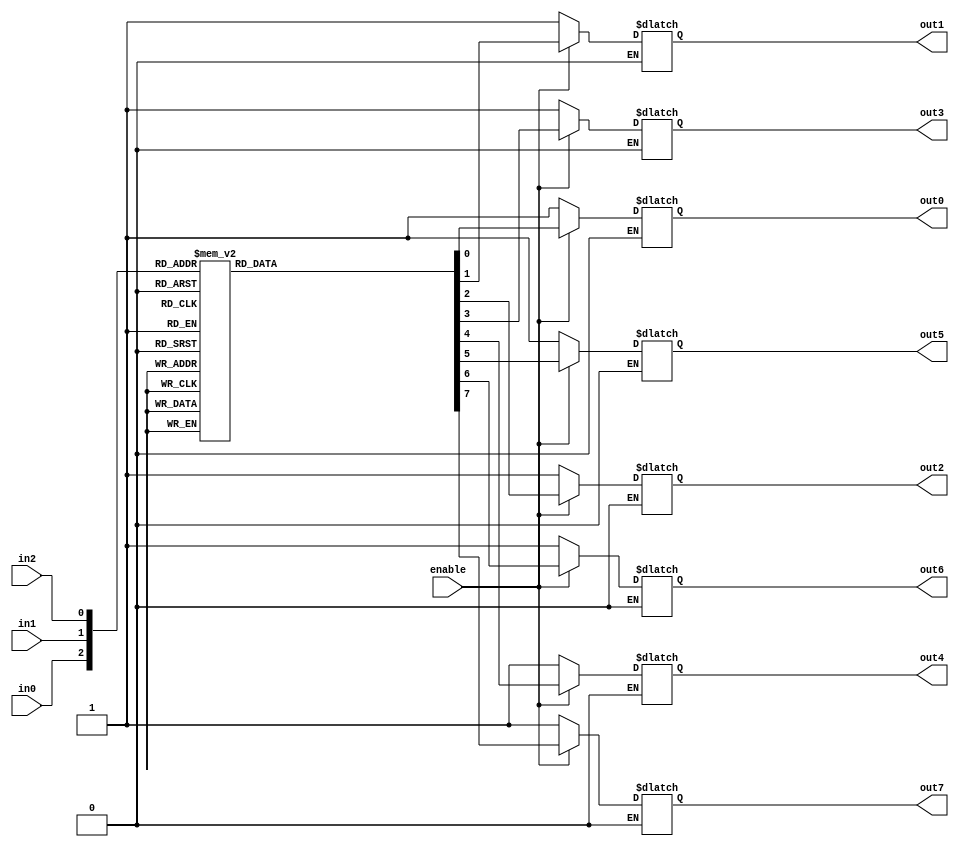
module decoder_3to8(out7, out6, out5, out4, out3, out2, out1, out0, 
										 in0, in1, in2, enable);

	output out7, out6, out5, out4, out3, out2, out1, out0;
	input in0, in1, in2, enable;
	reg out7, out6, out5, out4, out3, out2, out1, out0;
	
	always @(in0 or in1 or in2 or enable) begin
		
		if ( enable == 1'b1 )
			case ( {in0, in1, in2} )
				3'b000:
					{ out7, out6, out5, out4, out3, out2, out1, out0 }
					= 8'b00000001;
				3'b001:
					{ out7, out6, out5, out4, out3, out2, out1, out0 }
					= 8'b00000010;
				3'b010:
					{ out7, out6, out5, out4, out3, out2, out1, out0 }
					= 8'b00000100;
				3'b011:
					{ out7, out6, out5, out4, out3, out2, out1, out0 }
					= 8'b00001000;
				3'b100:
					{ out7, out6, out5, out4, out3, out2, out1, out0 }
					= 8'b00010000;
				3'b101:
					{ out7, out6, out5, out4, out3, out2, out1, out0 }
					= 8'b00100000;
				3'b110:
					{ out7, out6, out5, out4, out3, out2, out1, out0 }
					= 8'b01000000;
				3'b111:
					{ out7, out6, out5, out4, out3, out2, out1, out0 }
					= 8'b10000000;
				default:
					{ out7, out6, out5, out4, out3, out2, out1, out0 }
					= 8'bxxxxxxxx;
			endcase
		else if ( enable == 1'b0 )
			{ out7, out6, out5, out4, out3, out2, out1, out0 }
					= 8'b11111111;
		end // if enable
endmodule

module top();
	reg in0, in1, in2, enable;
	wire out7, out6, out5, out4, out3, out2, out1, out0;
	decoder_3to8 myDecoder(out7, out6, out5, out4, out3, out2, out1, out0, 
										 			in0, in1, in2, enable);

	initial
	begin
		$dumpfile("Decoder.vcd");
		$dumpvars(0);
	
		$display("\t\ttime out7 out6 out5 out4 out3 out2 out1 out0  in0 in1 in2 enable");
		$monitor($time ,"    %b    %b    %b    %b    %b    %b    %b    %b    %b   %b   %b      %b",
							out7, out6, out5, out4, out3, out2, out1, out0, in0, in1, in2, enable);
							
		// time = 0
		enable = 1'b1;
		{in0, in1, in2} = 3'b000;
	
		#10 // time += 10
		{in0, in1, in2} = 3'b001;
	
		#10 // time += 10
		{in0, in1, in2} = 3'b010;
		#10 // time += 10
		{in0, in1, in2} = 3'b011;
		#10 // time += 10
		{in0, in1, in2} = 3'b100;
		#10 // time += 10
		{in0, in1, in2} = 3'b101;
		#10 // time += 10
		{in0, in1, in2} = 3'b110;				
		#10 // time += 10
		{in0, in1, in2} = 3'b111;									
		#10 // time += 10
		enable = 1'b0;
		#10 // time += 10
		$finish;
						
	end
	
endmodule